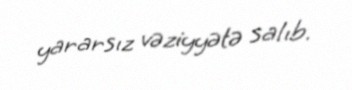
yararsız vəziyyətə salıb.